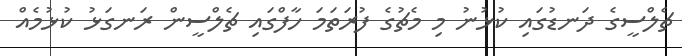
ޗެލްސީގެ ދަނޑުގައި ކުޅުނު މި މެޗުގެ ފުރަތަމަ ހާފްގައި ޗެލްސީން ރަނގަޅު ކުޅުމެއް